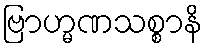
ဗြာဟ္မဏသစ္စာနိ